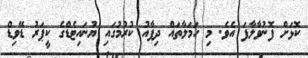
ކޮޅަށް ފޮނުވާލާފަ އެވެ. މި ހަމަލާތައް ދިފާއު ކުރުމުގައި ޔުނައިޓެޑްގެ ކީޕަރު ޑޭވިޑް